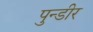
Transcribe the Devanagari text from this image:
पुन्डीर